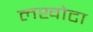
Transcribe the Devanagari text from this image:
लखोटा